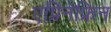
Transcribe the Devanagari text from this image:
एप्रिनेफ्रिन